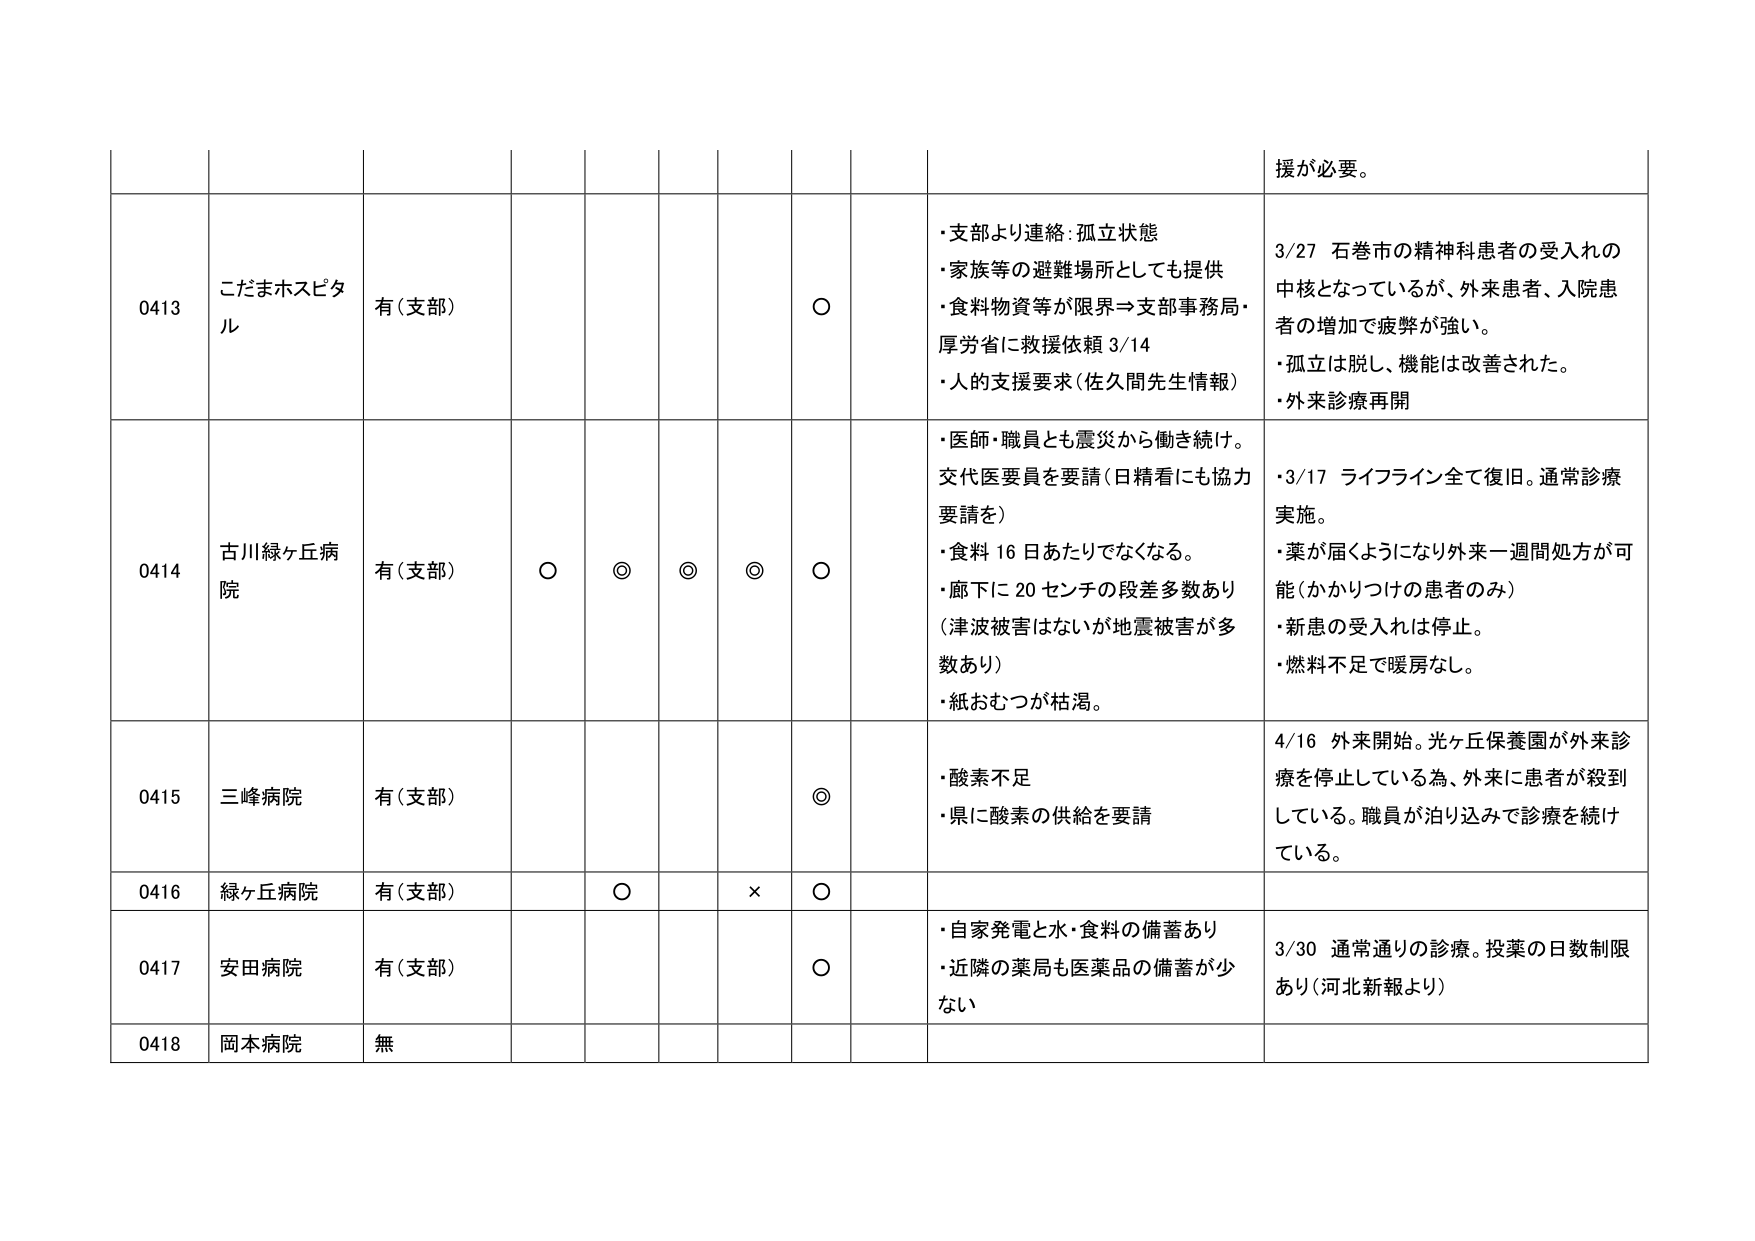
援が必要。

0413 こだまホスピタル 有(支部) ○
・支部より連絡:孤立状態
・家族等の避難場所としても提供
・食料物資等が限界⇒支部事務局・厚労省に救援依頼 3/14
・人的支援要求(佐久間先生情報)
3/27 石巻市の精神科患者の受入れの中核となっているが、外来患者、入院患者の増加で疲弊が強い。
・孤立は脱し、機能は改善された。
・外来診療再開

0414 古川緑ヶ丘病院 有(支部) ○ ◎ ◎ ◎ ○
・医師・職員とも震災から働き続け。交代医要員を要請(日精看にも協力要請を)
・食料 16 日あたりでなくなる。
・廊下に 20 センチの段差多数あり(津波被害はないが地震被害が多数あり)
・紙おむつが枯渇。
・3/17 ライフライン全て復旧。通常診療実施。
・薬が届くようになり外来一週間処方が可能(かかりつけの患者のみ)
・新患の受入れは停止。
・燃料不足で暖房なし。

0415 三峰病院 有(支部) ◎
・酸素不足
・県に酸素の供給を要請
4/16 外来開始。光ヶ丘保養園が外来診療を停止している為、外来に患者が殺到している。職員が泊り込みで診療を続けている。

0416 緑ヶ丘病院 有(支部) ○ × ○

0417 安田病院 有(支部) ○
・自家発電と水・食料の備蓄あり
・近隣の薬局も医薬品の備蓄が少ない
3/30 通常通りの診療。投薬の日数制限あり(河北新報より)

0418 岡本病院 無